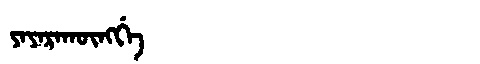
Manchu: ᠶᠠᠶᠠᡵᠠᡴᡡᠩᡤᡝ
Romanization: YAYARAKŪNGGE